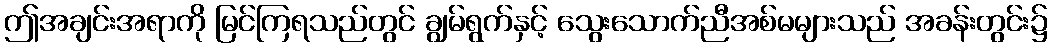
ဤအချင်းအရာကို မြင်ကြရသည်တွင် ချွမ်ရွက်နှင့် သွေးသောက်ညီအစ်မများသည် အခန်းတွင်း၌